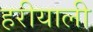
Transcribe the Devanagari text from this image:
हरीयाली